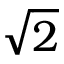
\sqrt { 2 }